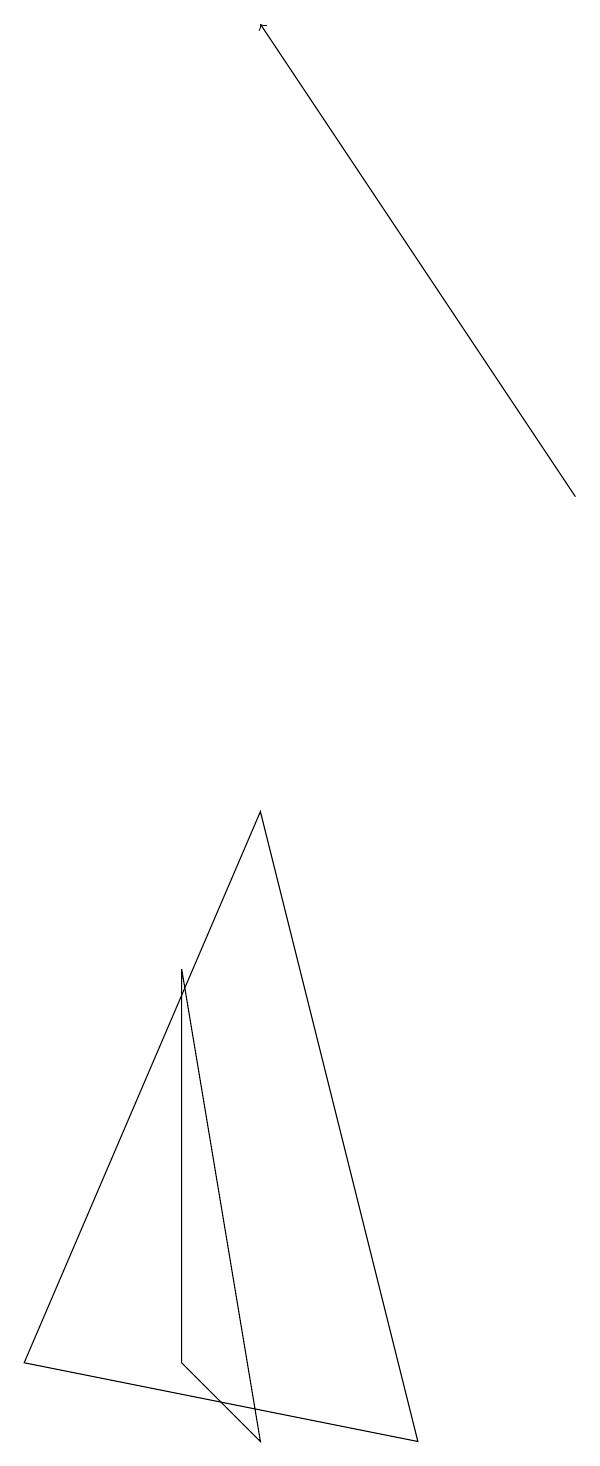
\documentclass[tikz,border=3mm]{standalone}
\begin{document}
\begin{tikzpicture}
\draw[->] (7,13) -- (3,19);
\draw (5,1) -- (3,9) -- (0,2) -- cycle;
\draw (2,7) -- (2,2) -- (3,1) -- cycle;
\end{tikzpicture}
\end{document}